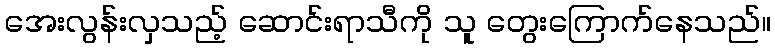
အေးလွန်းလှသည့် ဆောင်းရာသီကို သူ တွေးကြောက်နေသည်။